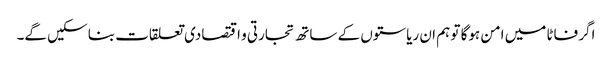
اگر فاٹا میں امن ہوگا تو ہم ان ریاستوں کے ساتھ تجارتی و اقتصادی تعلقات بنا سکیں گے۔